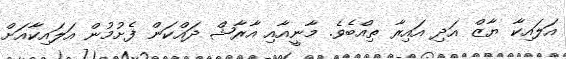
އަލައިކާ ޔާޒް އަދި އައިރާ ތިއްބެވެ. މާނީއާއި އާރާޝް ދައްކަން ފެށުމުން އަލައިކާއަށް